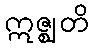
ဣဇ္ဈတိ